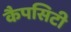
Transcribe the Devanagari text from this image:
कैपसिटी